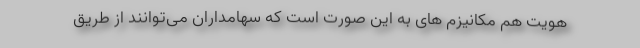
هویت هم مکانیزم های به این صورت است که سهامداران می‌توانند از طریق